Vaccination North-Western Provinces and Oudh 1878-1895 - 1878-1895
Year: 1878
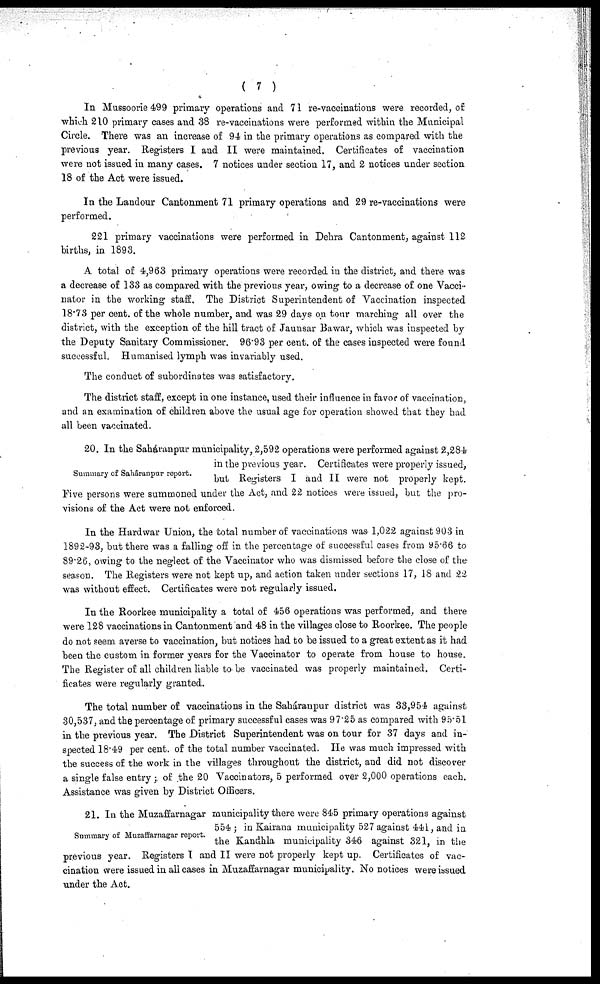
( 7 )
In Mussoorie 499 primary operations and 71 re-vaccinations were recorded, of
which 210 primary cases and 38 re-vaccinations were performed within the Municipal
Circle. There was an increase of 94 in the primary operations as compared with the
previous year. Registers I and II were maintained. Certificates of vaccination
were not issued in many cases. 7 notices under section 17, and 2 notices under section
18 of the Act were issued.
In the Landour Cantonment 71 primary operations and 29 re-vaccinations were
performed.
221 primary vaccinations were performed in Dehra Cantonment, against 112
births, in 1893.
A total of 4,963 primary operations were recorded in the district, and there was
a decrease of 133 as compared with the previous year, owing to a decrease of one Vacci-
nator in the working staff. The District Superintendent of Vaccination inspected
18.73 per cent. of the whole number, and was 29 days on tour marching all over the
district, with the exception of the hill tract of Jaunsar Bawar, which was inspected by
the Deputy Sanitary Commissioner. 96.93 per cent. of the cases inspected were found
successful. Humanised lymph was invariably used.
The conduct of subordinates was satisfactory.
The district staff, except in one instance, used their influence in favor of vaccination,
and an examination of children above the usual age for operation showed that they had
all been vaccinated.
Summary of Sahâranpur report.
20. In the Saháranpur municipality, 2,592 operations were performed against 2,284
in the previous year. Certificates were properly issued,
but Registers I and II were not properly kept.
Five persons were summoned under the Act, and 22 notices were issued, but the pro-
visions of the Act were not enforced.
In the Hardwar Union, the total number of vaccinations was 1,022 against 903 in
1892-93, but there was a falling off in the percentage of successful cases from 95.66 to
89.26, owing to the neglect of the Vaccinator who was dismissed before the close of the
season. The Registers were not kept up, and action taken under sections 17, 18 and 22
was without effect. Certificates were not regularly issued.
In the Roorkee municipality a total of 456 operations was performed, and there
were 128 vaccinations in Cantonment and 48 in the villages close to Roorkee. The people
do not seem averse to vaccination, but notices had to be issued to a great extent as it had
been the custom in former years for the Vaccinator to operate from house to house.
The Register of all children liable to be vaccinated was properly maintained. Certi-
ficates were regularly granted.
The total number of vaccinations in the Saháranpur district was 33,954 against
30,537, and the percentage of primary successful cases was 97.25 as compared with 95.51
in the previous year. The District Superintendent was on tour for 37 days and in-
spected 18.49 per cent. of the total number vaccinated. He was much impressed with
the success of the work in the villages throughout the district, and did not discover
a single false entry; of the 20 Vaccinators, 5 performed over 2,000 operations each.
Assistance was given by District Officers.
Summary of Muzaffarnagar report.
21. In the Muzaffarnagar municipality there were 845 primary operations against
554 ; in Kairana municipality 527 against 441, and in
the Kandhla municipality 346 against 321, in the
previous year. Registers I and II were not properly kept up. Certificates of vac-
cination were issued in all cases in Muzaffarnagar municipality. No notices were issued
under the Act.